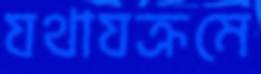
যথাযক্রমে